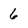
Character: 6